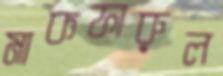
মাকফারুল